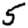
Digit: 5